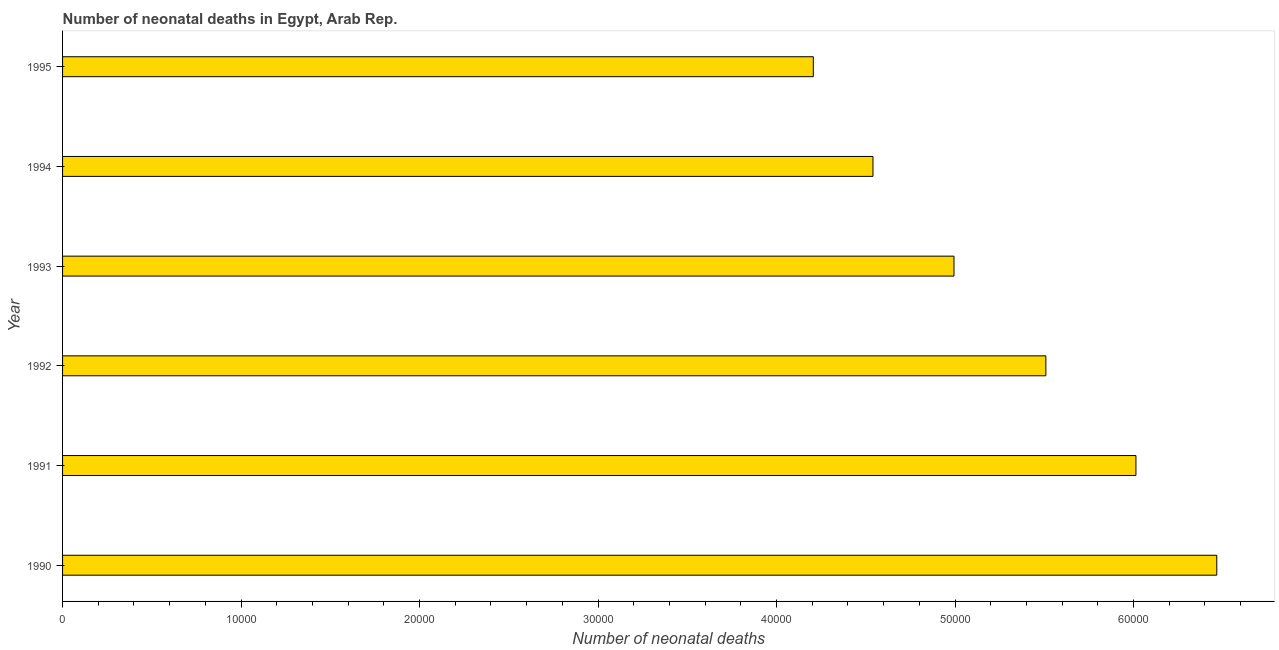
| Year | Neonatal deaths |
 | --- | --- |
 | 1990 | 6.47e+04 |
 | 1991 | 6.01e+04 |
 | 1992 | 5.51e+04 |
 | 1993 | 4.99e+04 |
 | 1994 | 4.54e+04 |
 | 1995 | 4.21e+04 |